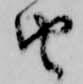
由